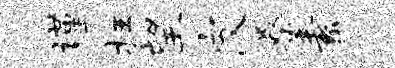
谨枉望皮桑素